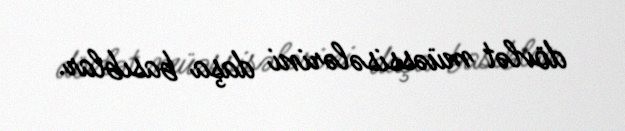
dövlət müəssisələrini daşa basıblar.